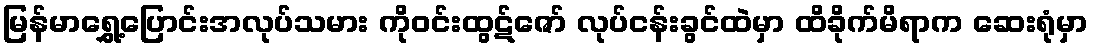
မြန်မာရွှေ့ပြောင်းအလုပ်သမား ကိုဝင်းထွဋ်ဇော် လုပ်ငန်းခွင်ထဲမှာ ထိခိုက်မိရာက ဆေးရုံမှာ